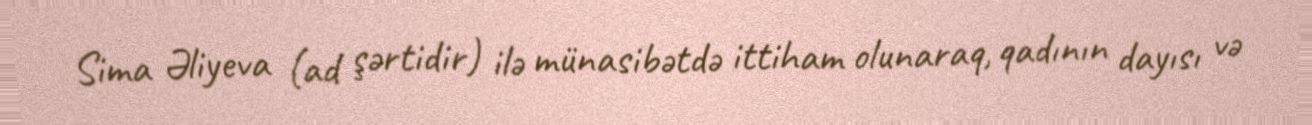
Sima Əliyeva (ad şərtidir) ilə münasibətdə ittiham olunaraq, qadının dayısı və